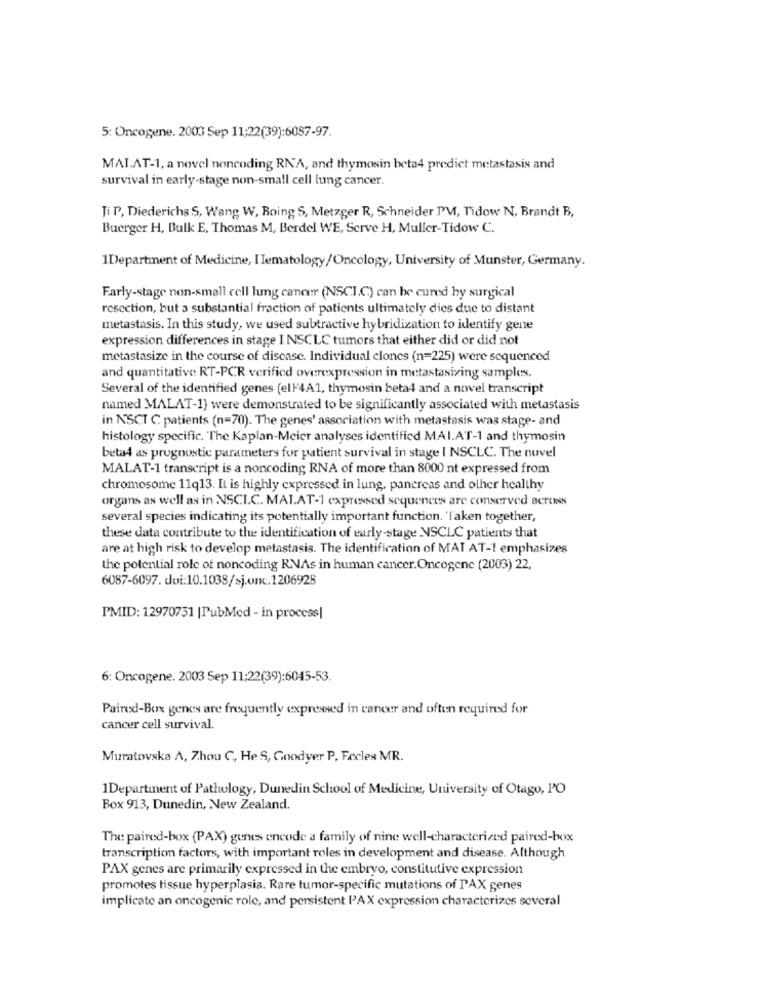
5: Oncogene. 2003 Sep 11;22(39):6087-97.
MAL.AT-1, a novel noncoding RN'A, and thymosin beta4 predict metastasis and
survival in early-stage non-small cell lung cancer.
Ji P, Diederichs S, Wang W, Roing S, Metzger R, Schneider I'M, Tidow N, Brandt B,
Buerger H, Bulk E, Thomas M, Berdel WE, Serve H, Muller-Tidow C.
1Department of Medicine, Ilematology/Oncology, University of Munster, Germany.
Early-stage non-small cell lung cancer (NSCI.C.) can be cured hy surgical
resection, but a substantial fraction of patients ultimately dies due to distant
metastasis. In this study, we used subtractive hybridization to identify gene
expression differences in stage I NSCLC tumors that either did or did not
metastasize in the course of disease. Individual clones (n=225) were sequenced
and quantitative RT-PCR verified overexpression in metastasizing samples.
Several of the identified genes (ell'4A1, thymosin beta4 and a novel transcript
named MALAT-1) were demonstrated to be significantly associated with metastasis
in NSCT C. patients (n=70). The genes' association with metastasis was stage- and
histology specific. The Kaplan-Meier analyses identified MAI.AT-1 and thymosin
beta4 as prognostic parameters for patient survival in stage I NSCLC. The novel
MALAT-1 transcript is a noncoding RNA of more than 8000 nt expressed from
chromosome 11q13. It is highly expressed in lung, pancreas and olher healthy
organs as well as in NSCLC. MALAT-1 expressed sequences are conserved across
several species indicating its potentially important function. 'l'aken together,
these data contribute to the identification of early-stage NSCLC patients that
are at high risk to develop metastasis. The identification of MAT AT-1 emphasizes
the potential role of noncoding RNAs in human cancer.Oncogene (2003) 22.
6087-6097. doi:10.1038/sj.onc.1206928
PMID: 12970751 |PubMed - in process|
6: Oncogene. 2003 Sep 11:22(39):6045-53.
Paired-Box genes are frequently expressed in cancer and often required for
cancer cell survival.
Muratovska A, Zhou C ,, He S, Goodyer P, Fecles MR.
1Department of Pathology, Dunedin School of Medicine, University of Otago, PO
Box 913, Dunedin, New Zealand.
The paired-box (PAX) genes encode a family of nine well-characterized paired-box
transcription factors, with important roles in development and disease. Although
PAX genes are primarily expressed in the embryo, constitutive expression
promotes tissue hyperplasia. Rare tumor-specific mutations of PAX genes
implicate an oncogenic role, and persistent PAX expression characterizes several